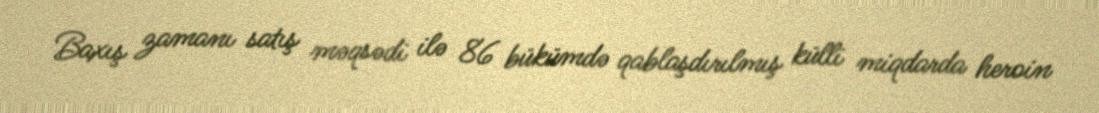
Baxış zamanı satış məqsədi ilə 86 bükümdə qablaşdırılmış külli miqdarda heroin